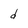
Character: d